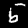
Digit: 5